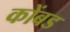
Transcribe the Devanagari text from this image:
कोंबड